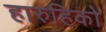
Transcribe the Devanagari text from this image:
हारुहिको